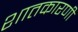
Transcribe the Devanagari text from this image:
शातकारणी